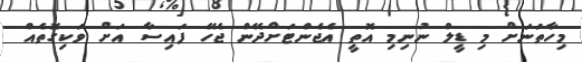
މިހާތަނަށް މި ޑީލް ނުނިމި އޮތީ އެޖެންޓަށްދޭން ޖެހޭ ފައިސާ އަށް ވަކިގޮތެއް